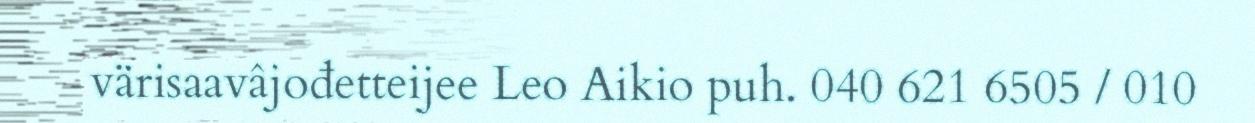
värisaavâjođetteijee Leo Aikio puh. 040 621 6505 / 010